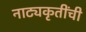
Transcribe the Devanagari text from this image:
नाट्यकृतींची